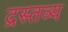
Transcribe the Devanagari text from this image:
द्रस्तव्य